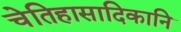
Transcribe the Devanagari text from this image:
चेतिहासादिकानि